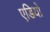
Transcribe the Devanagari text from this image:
एडियों